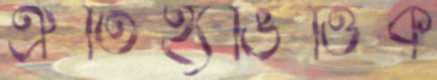
ঐতিহ্যভিত্তিক